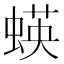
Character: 蝧